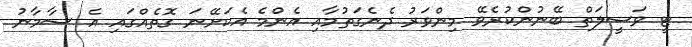
ޓީ ވަސީލަތް ބޭނުންކުރެވޭ މިންވަރު ދެނެގަތުމާއި އެންމެ އެކަށޭނަ ގޮތެއްގައި އެ ސާމާނު